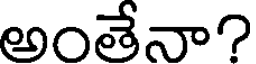
అంతేనా?